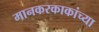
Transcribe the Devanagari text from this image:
मानकरकाकांच्या